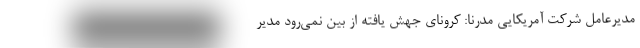
مدیرعامل شرکت آمریکایی مُدرنا: کرونای جهش یافته از بین نمی‌رود مدیر